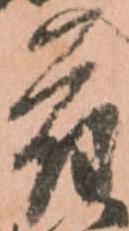
符